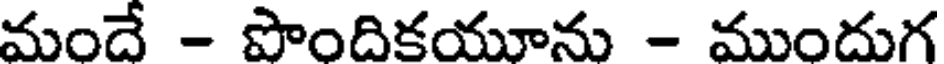
మందే - పొందికయూను - ముందుగ